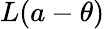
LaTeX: L(a-\theta)